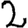
Digit: 2